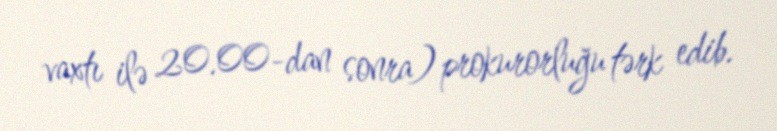
vaxtı ilə 20.00-dan sonra) prokurorluğu tərk edib.